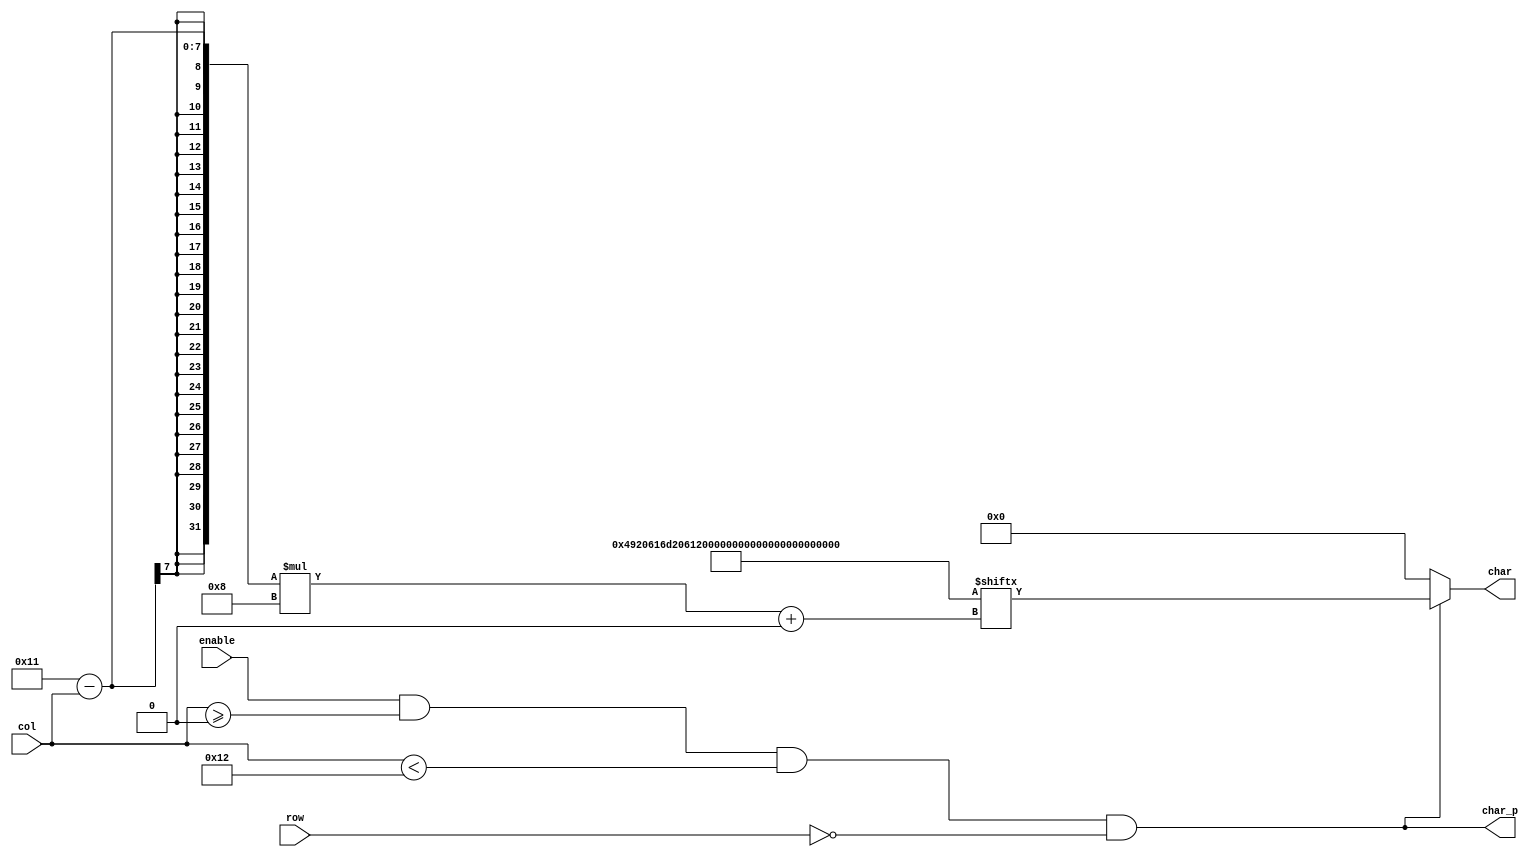
`timescale 1ns / 1ps
//////////////////////////////////////////////////////////////////////////////////
// Company: 
// 
// Design Name: 
// Module Name:    char_string 
// Project Name: 
// Target Devices: 
// Tool versions: 
// Description: 
//
// Dependencies: 
//
// Revision: 
// Revision 0.01 - File Created
// Additional Comments: 
//
//////////////////////////////////////////////////////////////////////////////////
module char_string #(
    parameter STRING = "I am a test string",
    parameter LENGTH = 18,
    parameter ROW = 0,
    parameter COL = 0
  ) (
    input [4:0] row,
    input [6:0] col,
    input enable,
    output char_p,
    output [7:0] char
    );

  assign char_p = enable & col >= COL & col < COL + LENGTH & row == ROW;
  assign char = char_p ? STRING[(LENGTH + COL - 1 - col) * 8+:8] : 8'b0;
endmodule